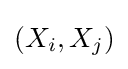
(X_{i},X_{j})